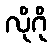
လိုဂို